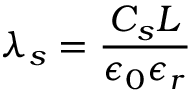
\lambda _ { s } = \frac { C _ { s } L } { \epsilon _ { 0 } \epsilon _ { r } }